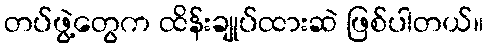
တပ်ဖွဲ့တွေက ထိန်းချုပ်ထားဆဲ ဖြစ်ပါတယ်။